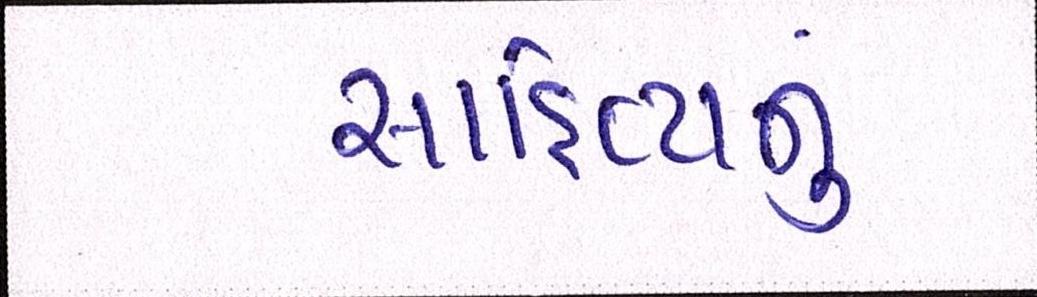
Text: સાહીત્યનું